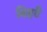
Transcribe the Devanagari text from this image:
विहरी